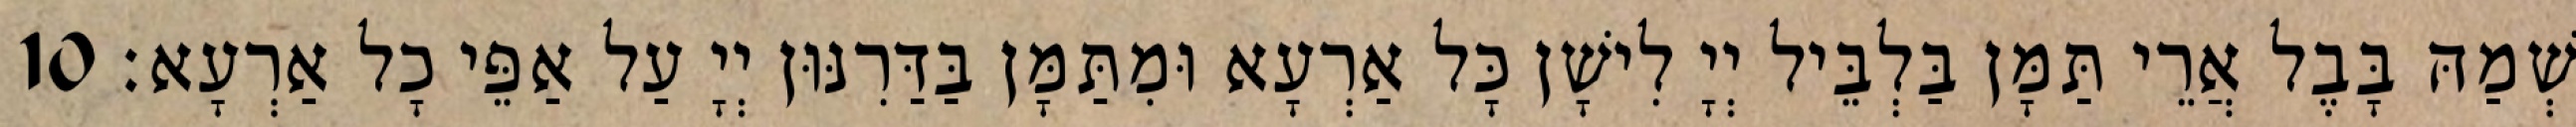
שְׁמַהּ בָּבֶל אֲרֵי תַּמָּן בַּלְבֵּיל יְיָ לִישָׁן כָּל אַרְעָא וּמִתַּמָּן בַּדַּרִנּוּן יְיָ עַל אַפֵּי כָל אַרְעָא׃ 10